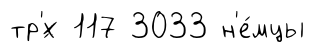
тр'́х 117 3033 н'е́мцы